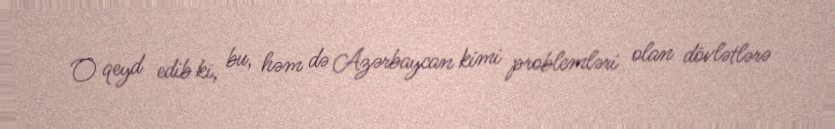
O qeyd edib ki, bu, həm də Azərbaycan kimi problemləri olan dövlətlərə